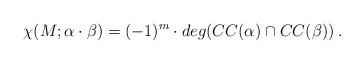
LaTeX: \begin{align*}\chi(M;\alpha\cdot \beta) = (-1)^m\cdot deg( CC(\alpha)\cap CC(\beta))\:.\end{align*}